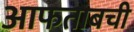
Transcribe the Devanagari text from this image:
आफताबची